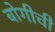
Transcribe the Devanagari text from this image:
बोगीची